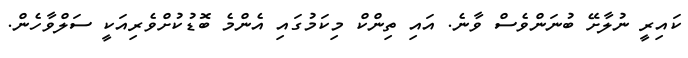
ކައިރީ ނުލާށޭ ބުނަންވެސް ވާނެ. އައި ތިންކް މިކަމުގައި އެންމެ ބޮޑުކުށްވެރިއަކީ ސަލްވާހެން.